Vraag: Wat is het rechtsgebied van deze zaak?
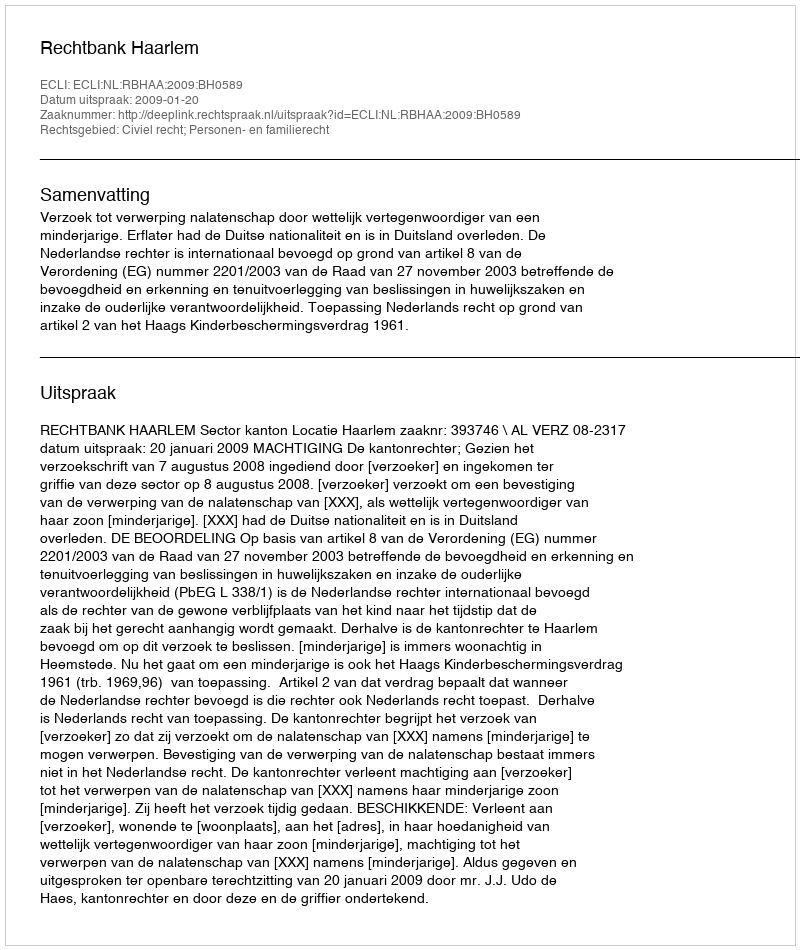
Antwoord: Civiel recht; Personen- en familierecht